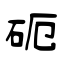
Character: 砈